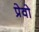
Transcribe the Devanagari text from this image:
प्रेवो